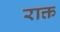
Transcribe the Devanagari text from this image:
राक्त